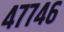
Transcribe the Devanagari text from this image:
४७७४६